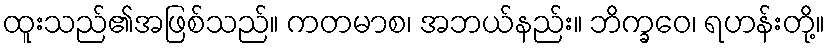
ထူးသည်၏အဖြစ်သည်။ ကတမာစ၊ အဘယ်နည်း။ ဘိက္ခဝေ၊ ရဟန်းတို့။